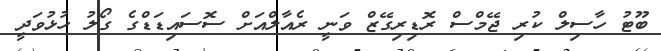
ބޫޓު ހާސިލް ކުރި ޖޭމްސް ރޮޑިރިގޭޒް ވަނީ ރެއާލްއަށް ސޮސައިޑަޑްގެ ގޯލު ހުޅުވަދީ